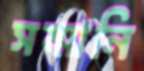
সম্মানি